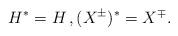
LaTeX: \begin{align*} H^* = H \,, (X^{\pm})^* = X^{\mp} .\end{align*}